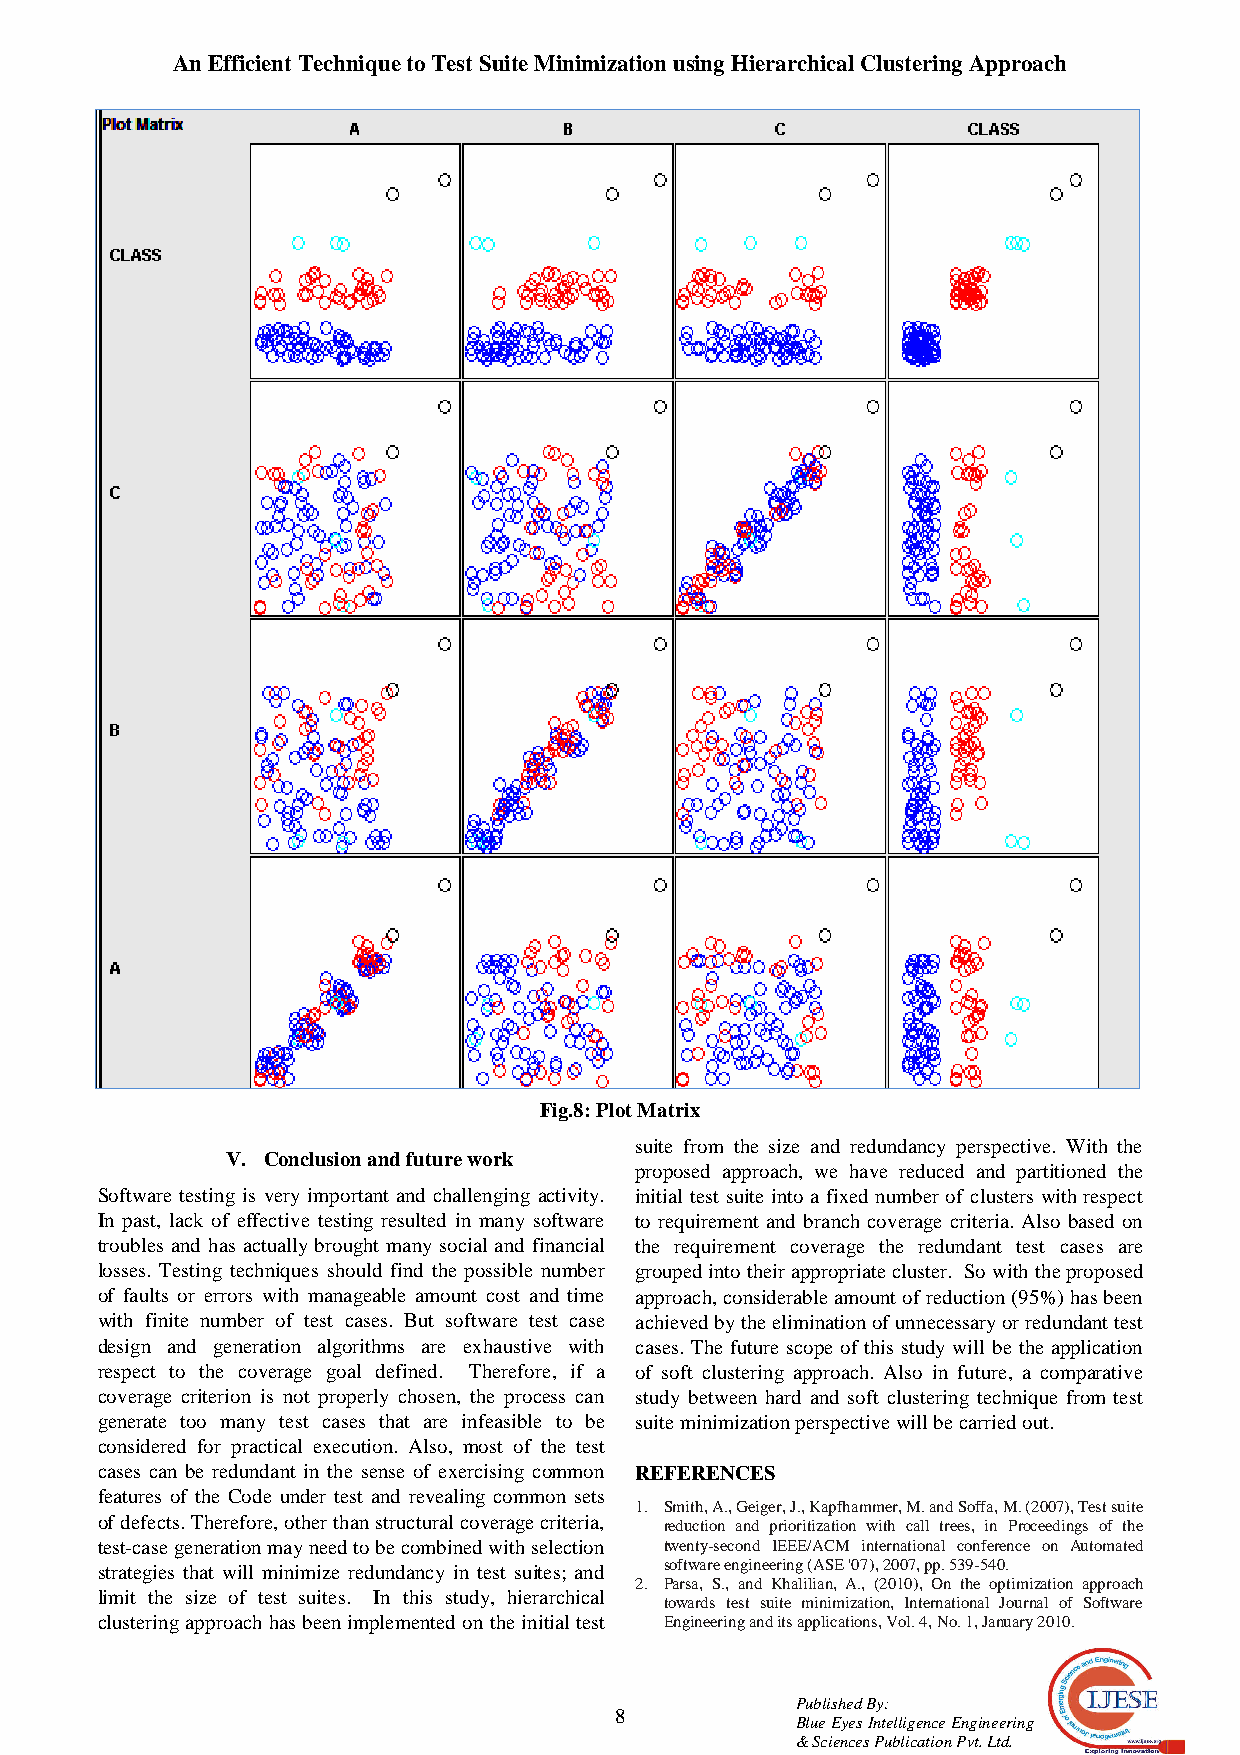
An Efficient Technique to Test Suite Minimization using Hierarchical Clustering Approach
 Fig.8: Plot Matrix
 suite from the size and redundancy perspective. With the
 V. Conclusion and future work
 proposed approach, we have reduced and partitioned the
 Software testing is very important and challenging activity. initial test suite into a fixed number of clusters with respect
 In past, lack of effective testing resulted in many software to requirement and branch coverage criteria. Also based on
 troubles and has actually brought many social and financial the requirement coverage the redundant test cases are
 losses. Testing techniques should find the possible number grouped into their appropriate cluster. So with the proposed
 of faults or errors with manageable amount cost and time approach, considerable amount of reduction (95%) has been
 with finite number of test cases. But software test case achieved by the elimination of unnecessary or redundant test
 design and generation algorithms are exhaustive with cases. The future scope of this study will be the application
 respect to the coverage goal defined. Therefore, if a of soft clustering approach. Also in future, a comparative
 coverage criterion is not properly chosen, the process can study between hard and soft clustering technique from test
 generate too many test cases that are infeasible to be suite minimization perspective will be carried out.
 considered for practical execution. Also, most of the test
 cases can be redundant in the sense of exercising common REFERENCES
 features of the Code under test and revealing common sets
 1. Smith, A., Geiger, J., Kapfhammer, M. and Soffa, M. (2007), Test suite
 of defects. Therefore, other than structural coverage criteria, reduction and prioritization with call trees, in Proceedings of the
 test-case generation may need to be combined with selection twenty-second IEEE/ACM international conference on Automated
 strategies that will minimize redundancy in test suites; and software engineering (ASE '07), 2007, pp. 539-540.
 2. Parsa, S., and Khalilian, A., (2010), On the optimization approach
 limit the size of test suites. In this study, hierarchical
 towards test suite minimization, International Journal of Software
 clustering approach has been implemented on the initial test Engineering and its applications, Vol. 4, No. 1, January 2010.
 Published By:
 8
 Blue Eyes Intelligence Engineering
 & Sciences Publication Pvt. Ltd.